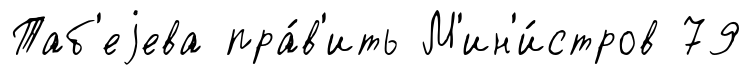
Таб'еjева пра́в'ить М'ин'и́стров 79